Tezpur Lunatic Asylum reports 1895-1904 - 1895-1904
Year: 1895
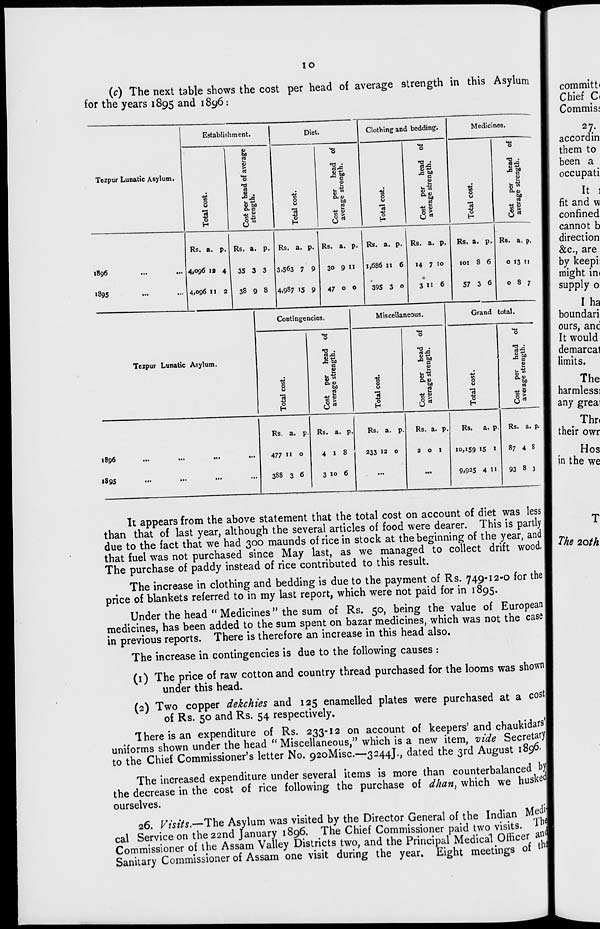
IO
(c) The next table shows the cost per head of average strength in this Asylum
for the years 1895 and 1896:
1 Establishment.
Diet.
Clothing and bedding.
Medicines.
Tezpur Lunatic Asylum.
Total cost.
Cost per head of average
strength.
Total cost.
Cost per head of
average strength.
Total cost.
Cost per head of
average strength.
Total cost.
Cost per head of
average strength.
1896
1895
Rs. a. p.
4,096 1 a 4
4,096 11 2
Rs. a. p.
35 3 3
38 9 8
Rs. a. p.
3,563 7 9
4,987 »5 9
Rs, a. p.
30 9 11
47 0 0
Rs. a. p.
1,686 11 6
395 3 0
Rs. a. p.
14 7 10
3 " 6
Rs. a. p.
101 8 6
57 3 6
Rs. a. p.
0 13 ti
087
Contingencies.
Miscellaneous.
Grand total.
Tezpur Lunatic Asylum.
en
O
Q
3
"0
Cost per head of
average strength.
0
0
0
H
Cost per head of
average strength.
M
O
O
^5
2 bi
S
utn <u
bo
rt
6«
1890
...
...
.«.
...
1895
•••
••*
•••
••■
Rs. a. p.
477 " 0
388 3 6
Rs. a. p.
4 1 8
3 10 6
Rs. a. p.
233 12 0
Rs. a. p.
201
Rs.
a. p.
10,159 15 1
9,925 4 "
Rs. a. p.
87 4 8
93 8 3
commit!.
Chief C<
Commisj
27.
accordin
them to
been a
occupati
It 1
fit and w
confined
cannot b
direction
&c, are
by keepi:
might im
supply o
It appears from the above statement that the total cost on account of diet was less
than that of last year, although the several articles of food were dearer. This is partly
due to the fact that we had 300 maunds of rice in stock at the beginning of the year, and
that fuel was not purchased since May last, as we managed to collect drift wood.
The purchase of paddy instead of rice contributed to this result.
The increase in clothing and bedding is due to the payment of Rs. 749-12-0 for the |
price of blankets referred to in my last report, which were not paid for in 1895.
Under the head " Medicines " the sum of Rs. 50, being the value of European I
medicines, has been added to the sum spent on bazar medicines, which was not the case |
in previous reports. There is therefore an increase in this head also.
The increase in contingencies is due to the following causes :
(1) The price of raw cotton and country thread purchased for the looms was shown
under this head.
(2) Two copper dekchies and 125 enamelled plates were purchased at a cost!
of Rs. 50 and Rs. 54 respectively.
There is an expenditure of Rs. 233-12 on account of keepers' and chaukidars'l
uniforms shown under the head " Miscellaneous," which is a new item, vide Secretary]
to the Chief Commissioner's letter No. 92oMisc.—3244J., dated the 3rd August 1896.
The increased expenditure under several items is more than counterbalanced by|
the decrease in the cost of rice following the purchase of dhan, which we husketf
ourselves.
26. Visits.—The Asylum was visited by the Director General of the Indian Medj
cal Service on the 22nd January 1896. The Chief Commissioner paid two visits. * h
(
Commissioner of the Assam Valley Districts two, and the Principal Medical Officer a^c
Sanitary Commissioner of Assam one visit during the year. Eight meetings of tn^